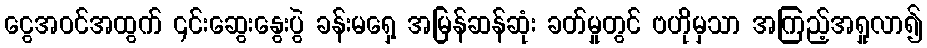
ငွေအဝင်အထွက် ၎င်းဆွေးနွေးပွဲ ခန်းမရှေ့ အမြန်ဆန်ဆုံး ခတ်မှုတွင် ဗဟိုမှသာ အကြည့်အရှုလာ၍